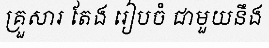
គ្រួសារ តែង រៀបចំ ជាមួយនឹង